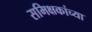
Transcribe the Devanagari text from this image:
समिक्षकांच्या